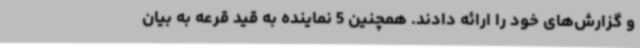
و گزارش‌های خود را ارائه دادند. همچنین 5 نماینده به قید قرعه به بیان